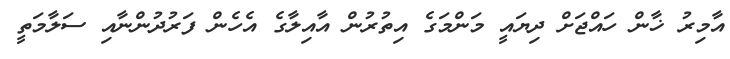
އާމިރު ޚާން ހައްޖަށް ދިޔައީ މަންމަގެ އިތުރުން އާއިލާގެ އެހެން ފަރުދުންނާއި ސަލާމަތީ